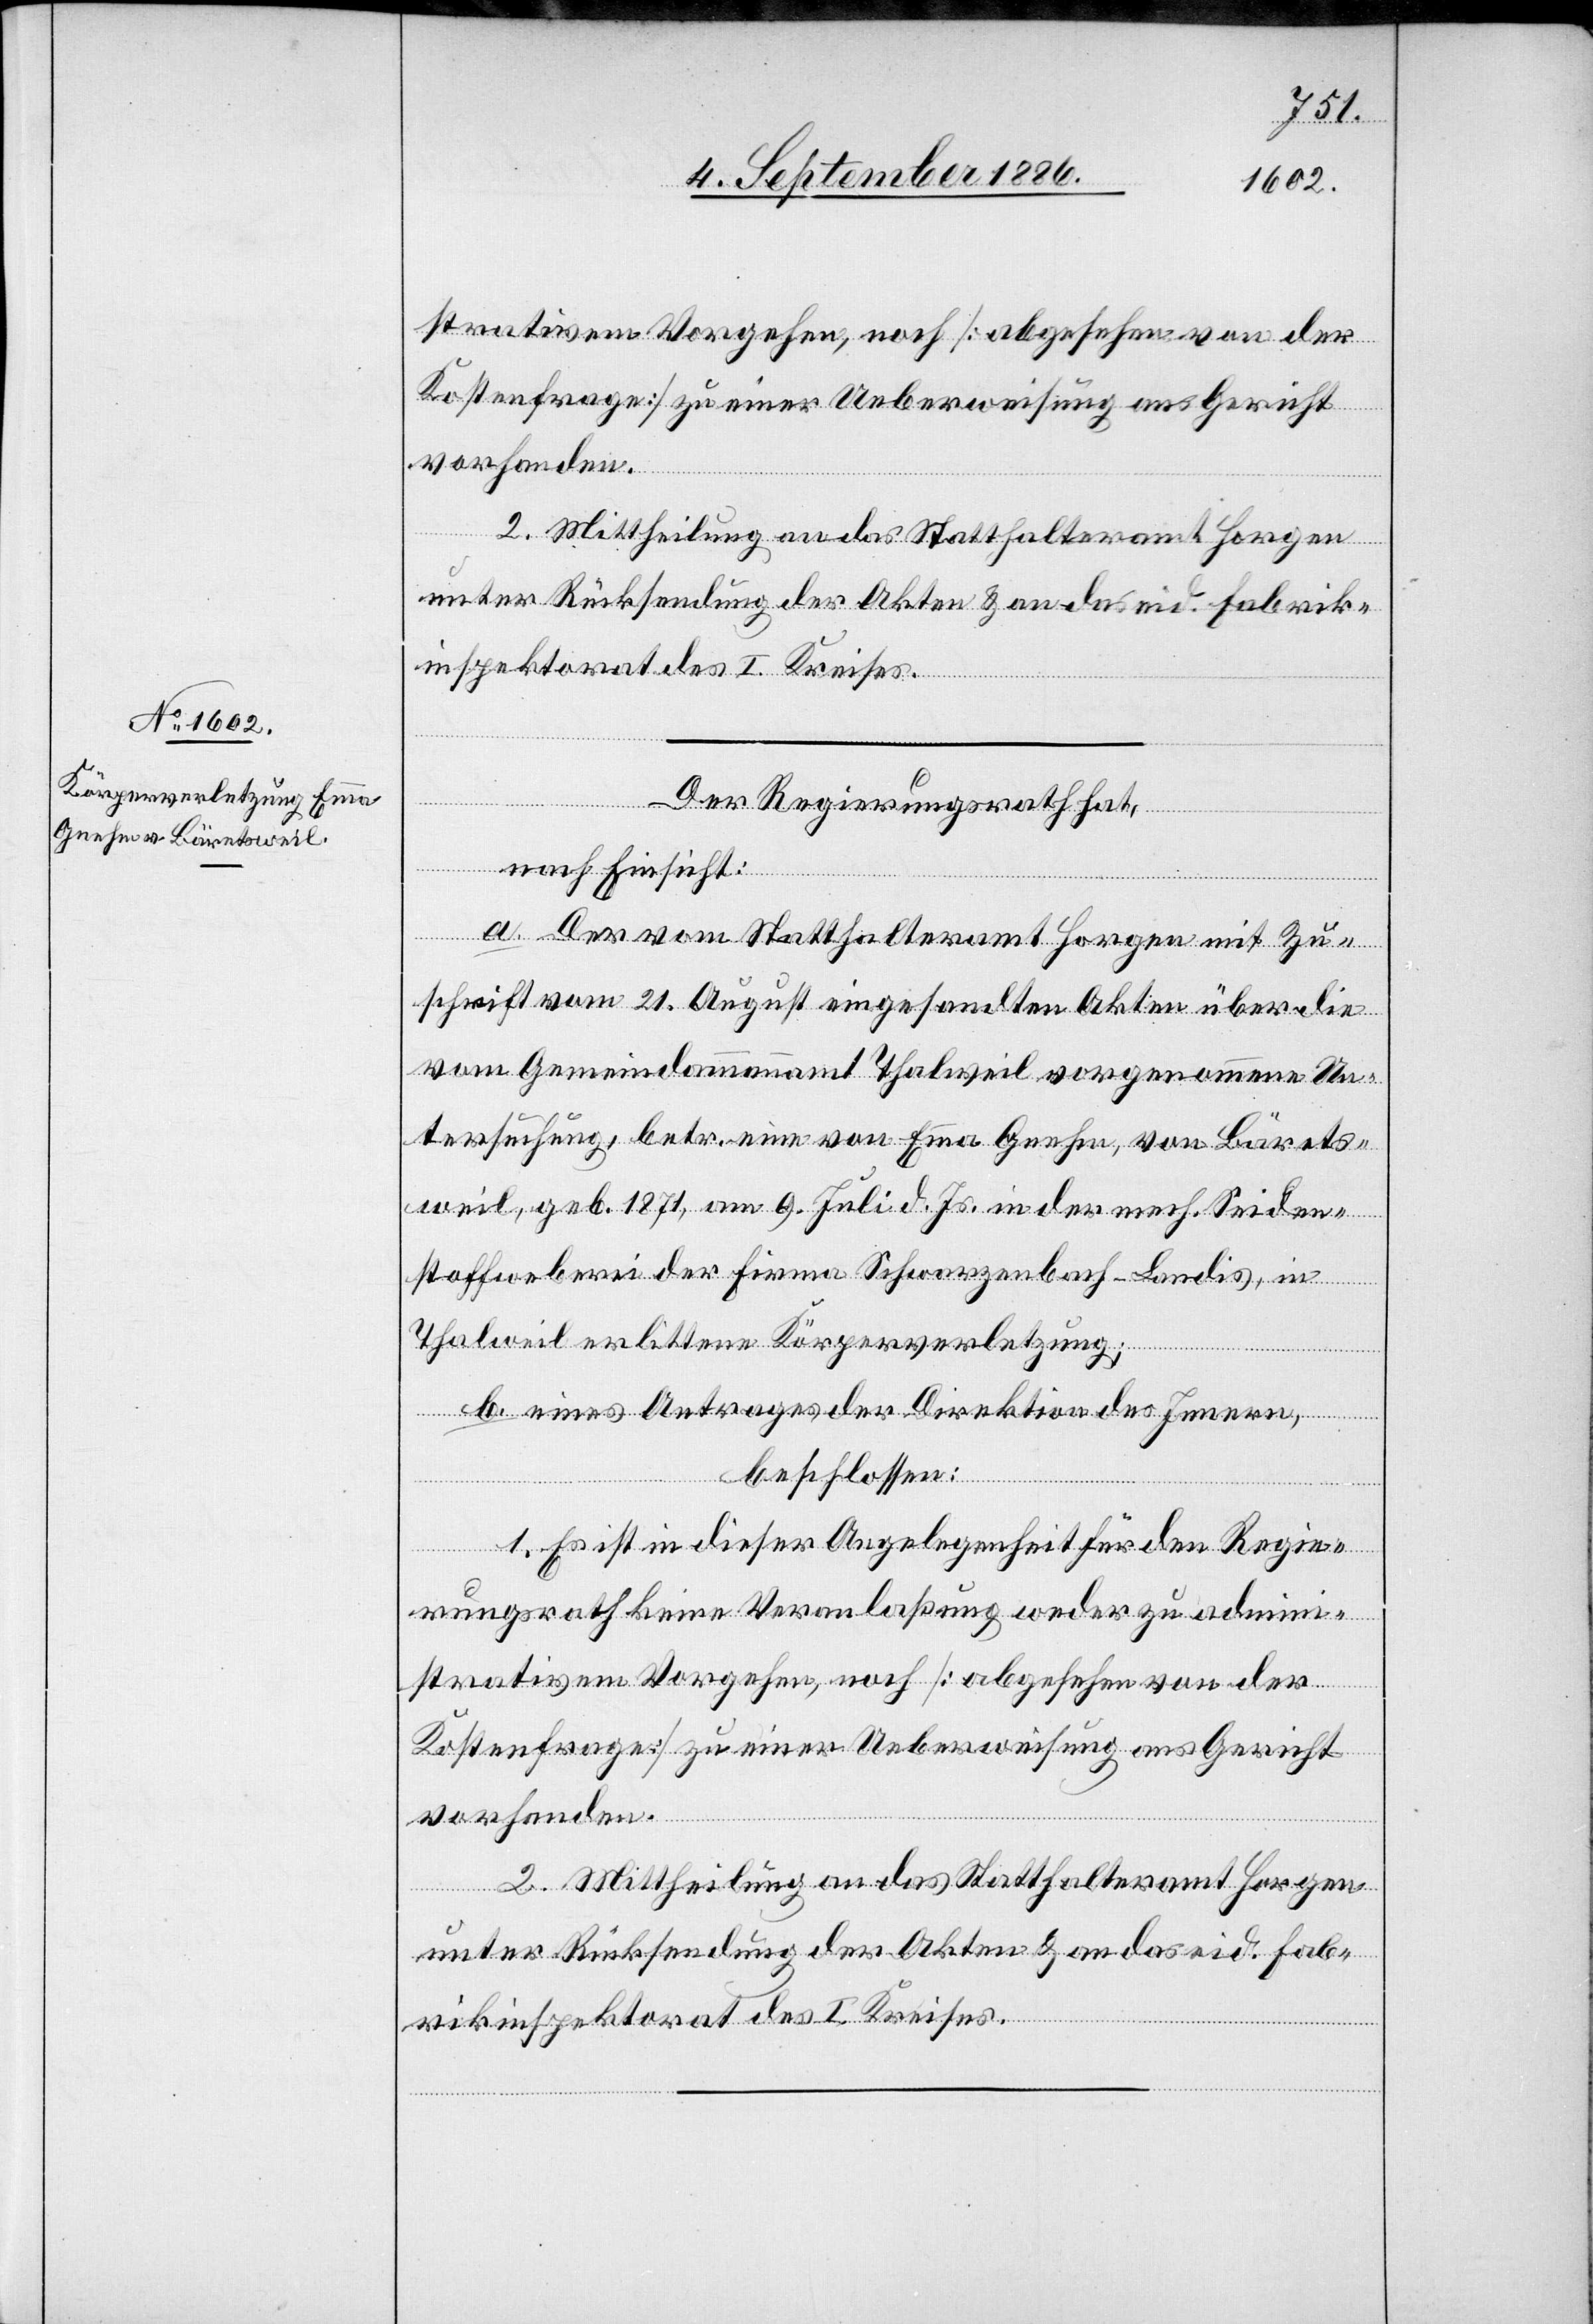
strativem Vorgehen, noch [abgesehen von der
Kostenfrage] zu einer Ueberweisung ans Gericht
vorhanden.
2. Mittheilung an das Statthalteramt Horgen
unter Rücksendung der Akten & an das eid. Fabrik¬
inspektorat des I. Kreises.
Der Regierungsrath hat,
nach Einsicht:
a. Der vom Statthalteramt Horgen mit Zu¬
schrift vom 21. August eingesandten Akten über die
vom Gemeindammannamt Thalweil vorgenommene Un¬
tersuchung, betr. eine von Emma Gnehm, von Bärets¬
weil, geb. 1871, am 9. Juli d. Js., in der mech. Seiden¬
stoffweberei der Firma Schwarzenbach-Landis, in
Thalweil erlittene Körperverletzung;
b. eines Antrages der Direktion des Innern,
beschlossen:
1. Es ist in dieser Angelegenheit für den Regie¬
rungsrath keine Veranlaßung weder zu admini¬